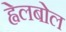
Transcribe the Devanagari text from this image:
ह्वेलबोल